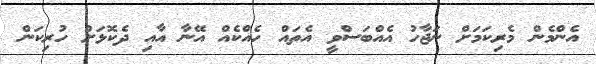
އެންމެން މެރިކަމަށް ނަޖާހު އެއްބަސްވީ އެތައް ހެއްކެއް އޭނާ އާއި ދެކޮޅަށް ހުރިކަން